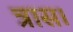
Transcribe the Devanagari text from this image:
त्रास।